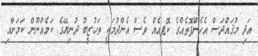
އަދި މުޤައްދަސް އެހެންފޮތެއްގެ ކޮޕީއެއް ވެސް އެންދުމަކީ ތަހުޒީބު ދުނިޔޭގެ ކަމެއްނޫން ކަމަށާއި